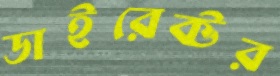
ডাইরেক্টর